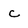
Character: c